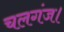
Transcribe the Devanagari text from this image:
चलगंज।